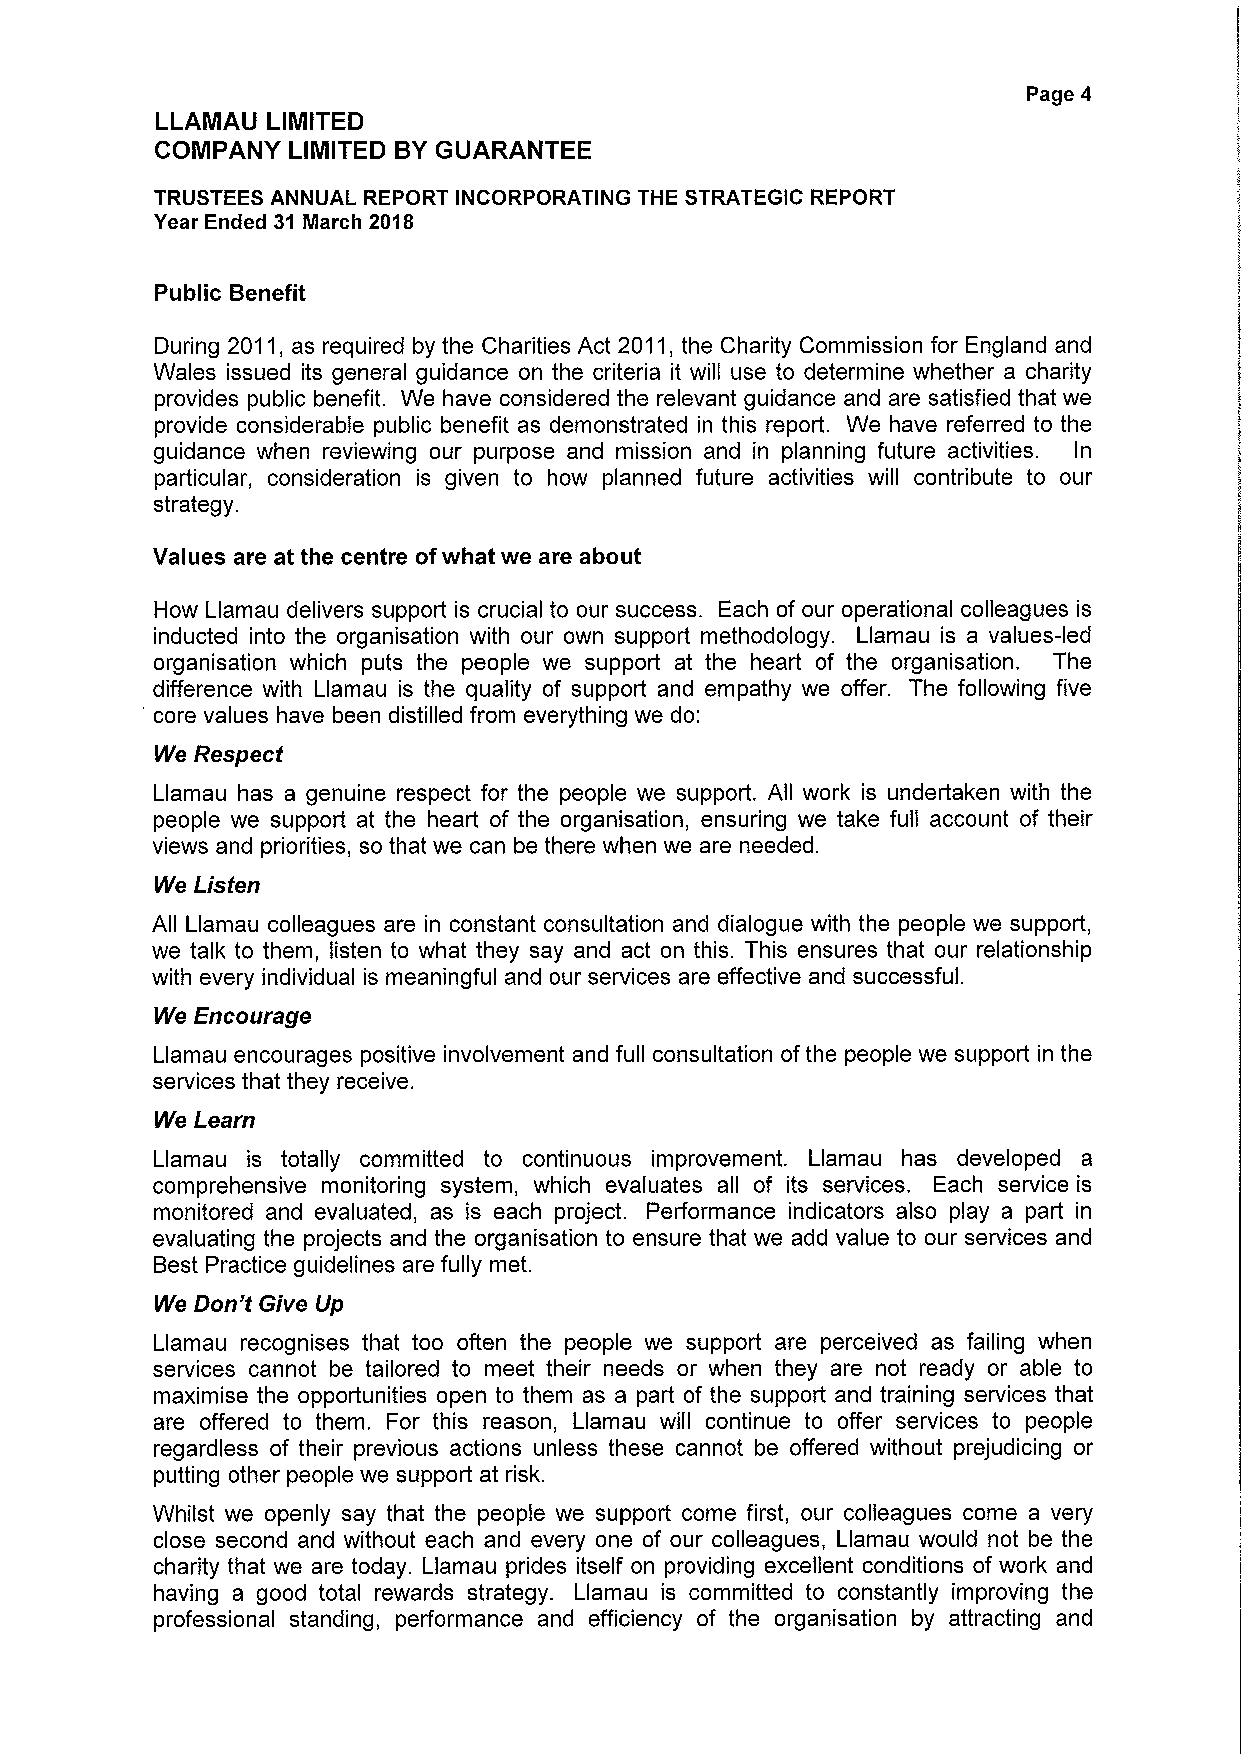
Page 4
 LLAMAU  LIMITED
 COMPANY  LIMITED BYGUARANTEE
 TRUSTEES ANNUAL REPORT INCORPORATING THE STRATEGIC REPORT
 Year Ended 31 Nlarch 2018
 Public Benefit
 During 2011,as required by the Charities Act 2011,the Charity Commission for England and
 Wales issued its general guidance on the criteria it will use to determine whether a charity
 provides public benefit. We have considered the relevant guidance and are satisfied that we
 provide considerable public benefit as demonstrated in this report. We have referred to the
 guidance when reviewing our purpose and mission and in planning future activities. In
 particular, consideration is given to how planned future activities will contribute to our
 strategy.
 Values are at the centre ofwhat we are about
 How Llamau delivers support is crucial to our success. Each of our operational colleagues is
 inducted into the organisation with our own support methodology. Llamau is a values-led
 organisation which puts the people we support at the heart of the organisation. The
 difference with Llamau is the quality of support and empathy we offer. The following five
 core values have been distilled from everything we do:
 We Respect
 Llamau has a genuine respect for the people we support. All work is undertaken with the
 people we support at the heart of the organisation, ensuring we take full account of their
 views and priorities, so that we can be there when we are needed.
 We Listen
 All Llamau colleagues are in constant consultation and dialogue with the people we support,
 we talk to them, listen to what they say and act on this. This ensures that our relationship
 with every individual is meaningful and our services are effective and successful.
 We Encourage
 Llamau encourages positive involvement and full consultation ofthe people we support in the
 services that they receive.
 We Learn
 Llamau is totally committed to continuous improvement. Llamau has developed a
 comprehensive monitoring system, which evaluates all of its services. Each service is
 monitored and evaluated, as is each project. Performance indicators also play a part in
 evaluating the projects and the organisation to ensure that we add value to our services and
 Best Practice guidelines are fully met.
 We Don't Give Up
 Llamau recognises that too often the people we support are perceived as failing when
 services cannot be tailored to meet their needs or when they are not ready or able to
 maximise the opportunities open to them as a part of the support and training services that
 are offered to them. For this reason, Llamau will continue to offer services to people
 regardless of their previous actions unless these cannot be offered without prejudicing or
 putting other people we support at risk.
 Whilst we openly say that the people we support come first, our colleagues come a very
 close second and without each and every one of our colleagues, Llamau would not be the
 charity that we are today. Llamau prides itself on providing excellent conditions of work and
 having a good total rewards strategy. Llamau is committed to constantly improving the
 professional standing, performance and efficiency of the organisation by attracting and